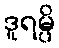
ဒူရမ္ပိ